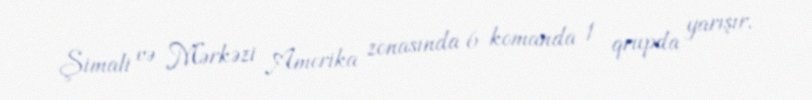
Şimali və Mərkəzi Amerika zonasında 6 komanda 1 qrupda yarışır.